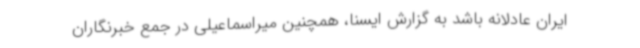
ایران عادلانه باشد به گزارش ایسنا، همچنین میراسماعیلی در جمع خبرنگاران